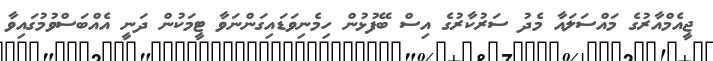
ޖީއެމްއާރުގެ މައްސަލައާ މެދު ސަރުކާރުގެ އިސް ބޭފުޅުން ހިމެނިވަޑައިގަންނަވާ ޓީމަކުން ދަނީ އެއްބަސްވުމުގައިވާ